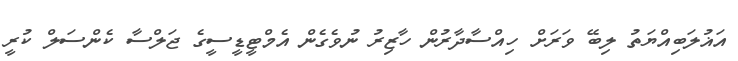
އަޣުލަބިއްޔަތު ލިބޭ ވަރަށް ހިއްސާދާރުން ހާޒިރު ނުވެގެން އެމްޓީޑީސީގެ ޖަލްސާ ކެންސަލް ކުރީ